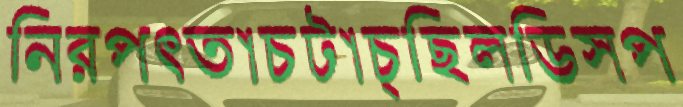
নিরপত্তাচটাচ্ছিলডিসপ